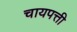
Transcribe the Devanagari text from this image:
चायपत्ती